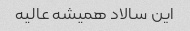
این سالاد همیشه عالیه